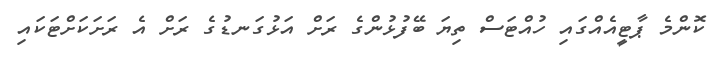
ކޮންމެ ޕާޓީއެއްގައި ހުއްޓަސް ތިޔަ ބޭފުޅުންގެ ރަށް އަޅުގަނޑުގެ ރަށް އެ ރަށަކަށްޓަކައި